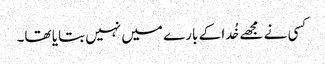
کسی نے مجھے خُدا کے بارے میں نہیں بتایا تھا۔